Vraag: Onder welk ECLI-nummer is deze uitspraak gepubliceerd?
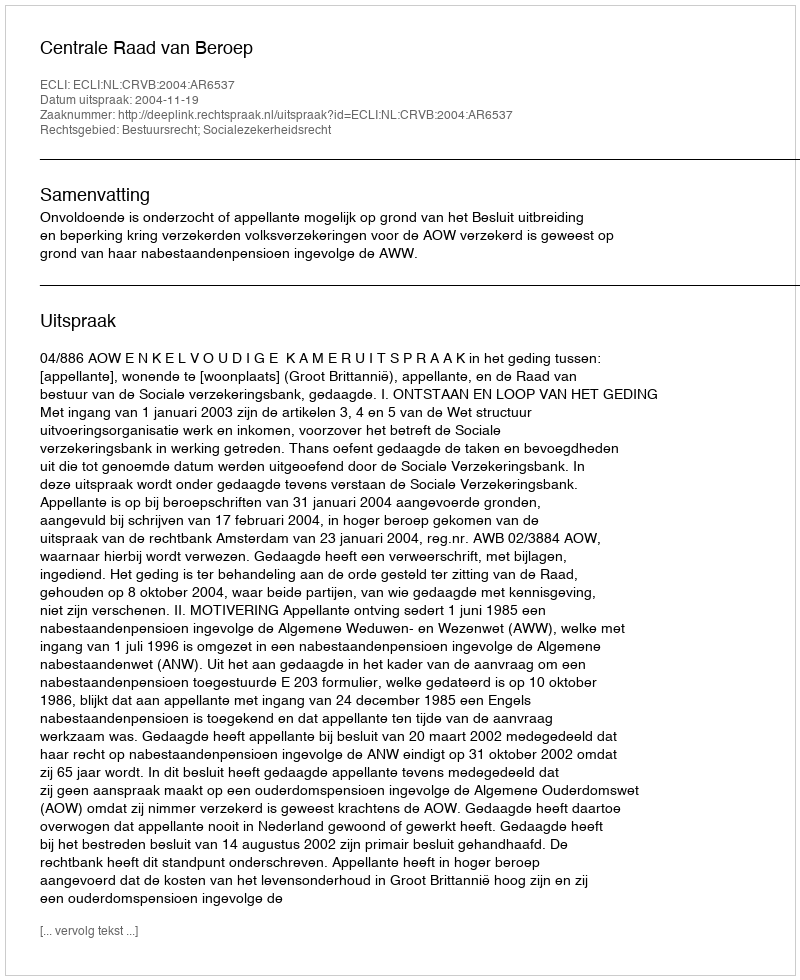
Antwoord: ECLI:NL:CRVB:2004:AR6537